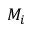
M _ { i }